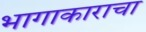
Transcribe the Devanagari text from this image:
भागाकाराचा